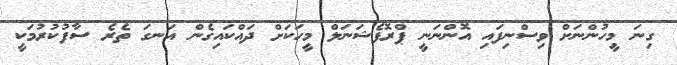
ގިނަ މީހުންނަށް ވިސްނިފައި އޮންނަނީ ޕްރޮފެޝަނަލް މީހަކަށް ދައްކައިގެން އަނގަ ތެރެ ސާފުކުރުމަކީ